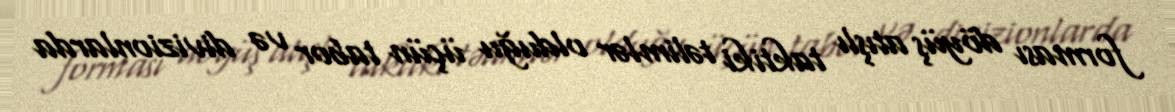
forması döyüş atışlı taktiki təlimlər olduğu üçün tabor və divizionlarda